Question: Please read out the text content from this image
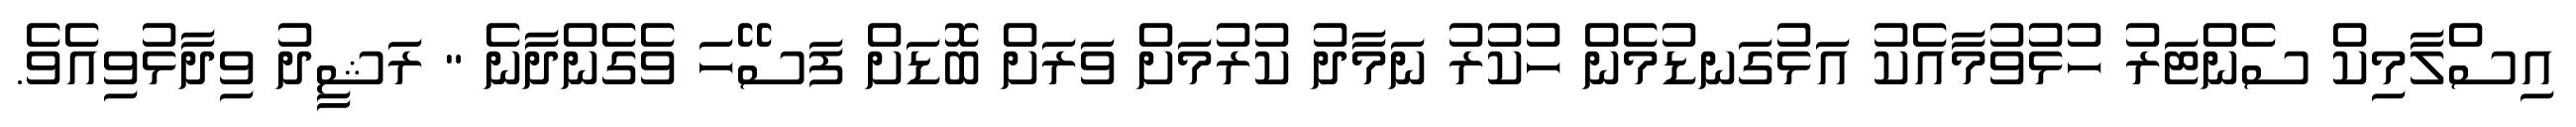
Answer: އިސްލާމިކް ސެންޓަރު ހުޅުވުމާއެކު އަޅުގަނޑުމެން ހުކުރު ނަމާދު ކުރުމަށް ވަރަށް ބޮޑަށް ފަސޭހަ ވެގެންދާނެ " ރަޝީދު ވިދާޅުވިއެވެ.